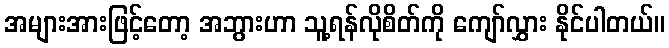
အများအားဖြင့်တော့ အဘွားဟာ သူ့ရန်လိုစိတ်ကို ကျော်လွှား နိုင်ပါတယ်။